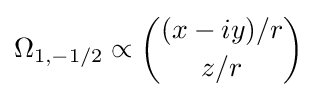
\Omega _{1,-1/2}\propto {\binom {(x-iy)/r}{z/r}}